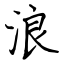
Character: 浪